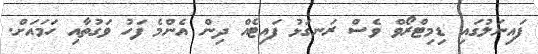
ފައިނަލުގައި ޑިމިޓްރޯވް ވެސް ރަނގަޅު ފައިޓެއް ދިން އެންމެ ފަހު ވަގުތާއި ހަމައަށް.